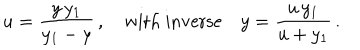
LaTeX: u = \frac { y \, y _ { 1 } } { y _ { 1 } - y } \, , \quad \mathrm { w i t h ~ i n v e r s e } \quad y = \frac { u \, y _ { 1 } } { u + y _ { 1 } } \, .